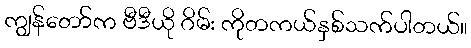
ကျွန်တော်က ဗီဒီယို ဂိမ်း ကိုတကယ်နှစ်သက်ပါတယ်။